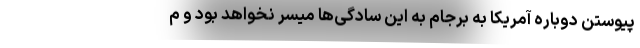
پیوستن دوباره آمریکا به برجام به این سادگی‌ها میسر نخواهد بود و م